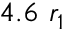
4 . 6 ~ r _ { 1 }